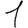
Digit: 1